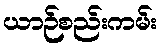
ယာဉ်စည်းကမ်း